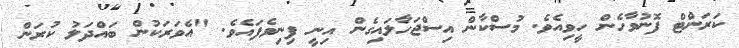
ކަރަންޓް ފޮނުވާހެން ހީވިއެވެ. މުސްކާން އިސްޖަހާލައިގެން އިނީ ފިނިވެފައެވެ. "އެވަރަކުން ބައްދަލު ކުރަން